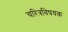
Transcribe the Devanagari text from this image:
चरित्रविषयक